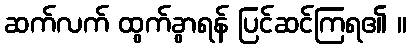
ဆက်လက် ထွက်ခွာရန် ပြင်ဆင်ကြရ၏ ။